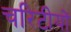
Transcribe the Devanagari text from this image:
चरिटीयों